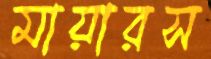
মায়ারস